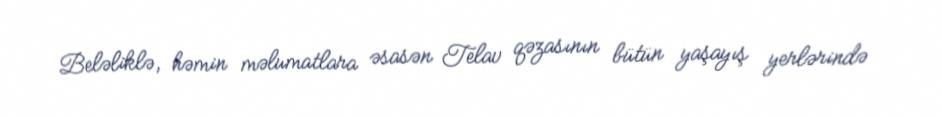
Beləliklə, həmin məlumatlara əsasən Telav qəzasının bütün yaşayış yerlərində